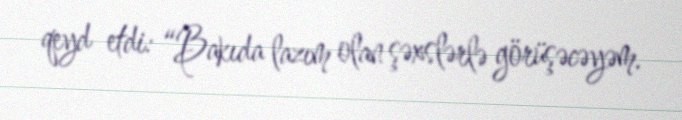
qeyd etdi: “Bakıda lazım olan şəxslərlə görüşəcəyəm.